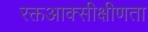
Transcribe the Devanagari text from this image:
रक्तआक्सीक्षीणता